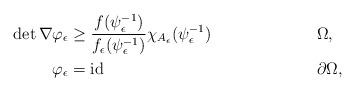
LaTeX: \begin{align*}\det\nabla \varphi_{\epsilon}&\geq\frac{f(\psi_{\epsilon}^{-1})}{f_{\epsilon}(\psi_{\epsilon}^{-1})}\chi_{A_{\epsilon}}(\psi_{\epsilon}^{-1})&& \Omega,\\\varphi_{\epsilon}&=\operatorname{id} && \partial \Omega,\end{align*}